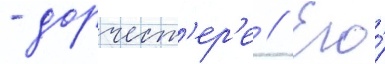
- дорчест'ер'е // Его́